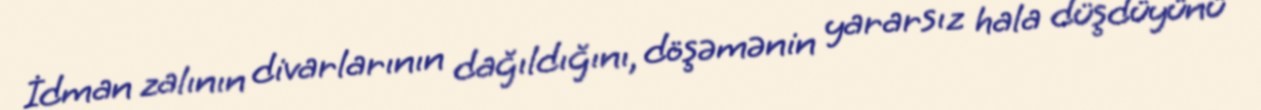
İdman zalının divarlarının dağıldığını, döşəmənin yararsız hala düşdüyünü